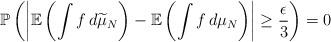
LaTeX: \begin{align*}\mathbb{P}\left(\left|\mathbb{E}\left(\int f\,d\widetilde\mu_N\right)-\mathbb{E}\left(\int f\,d\mu_N\right)\right|\geq \frac{\epsilon}{3}\right) = 0\end{align*}